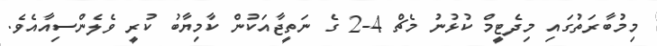
މިމުބާރަތުގައި މިދެޓީމް ކުޅުނު މެޗް 4-2 ގެ ނަތީޖާއަކުން ކާމިޔާބު ކުރީ ވެލެންސިއާއެވެ.